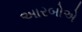
અારબોએ